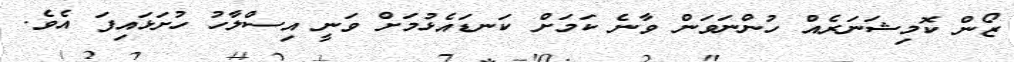
ޒޯން ކޮމިޝަނަރެއް ހުންނަވަން ވާނެ ކަމަށް ކަނޑައެޅުމަށް ވަނީ އިސްލާހު ހުށަޅައިފަ އެވެ.